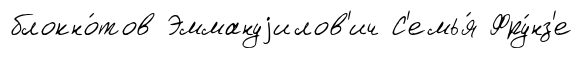
блокно́тов Эммануjилов'ич С'емья́ Фру́нз'е